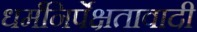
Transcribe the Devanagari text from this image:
धर्मनिर्पेक्षतावादी